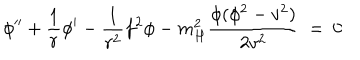
\phi ^ { \prime \prime } + \frac 1 r \phi ^ { \prime } - \frac 1 { r ^ { 2 } } f ^ { 2 } \phi - m _ { H } ^ { 2 } \frac { \phi ( \phi ^ { 2 } - v ^ { 2 } ) } { 2 v ^ { 2 } } \ = \ 0